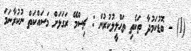
(1) - ބޮޑުކަމުދާ ތަކެތި ތަޙްލީލުކުރުން : ޗިސްމޭ ރަގަޅަށް މަސައްކަތް ނުކުރާނަމަ